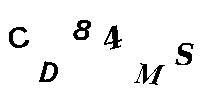
CD84MS